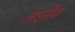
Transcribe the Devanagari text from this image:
लाइंसेस